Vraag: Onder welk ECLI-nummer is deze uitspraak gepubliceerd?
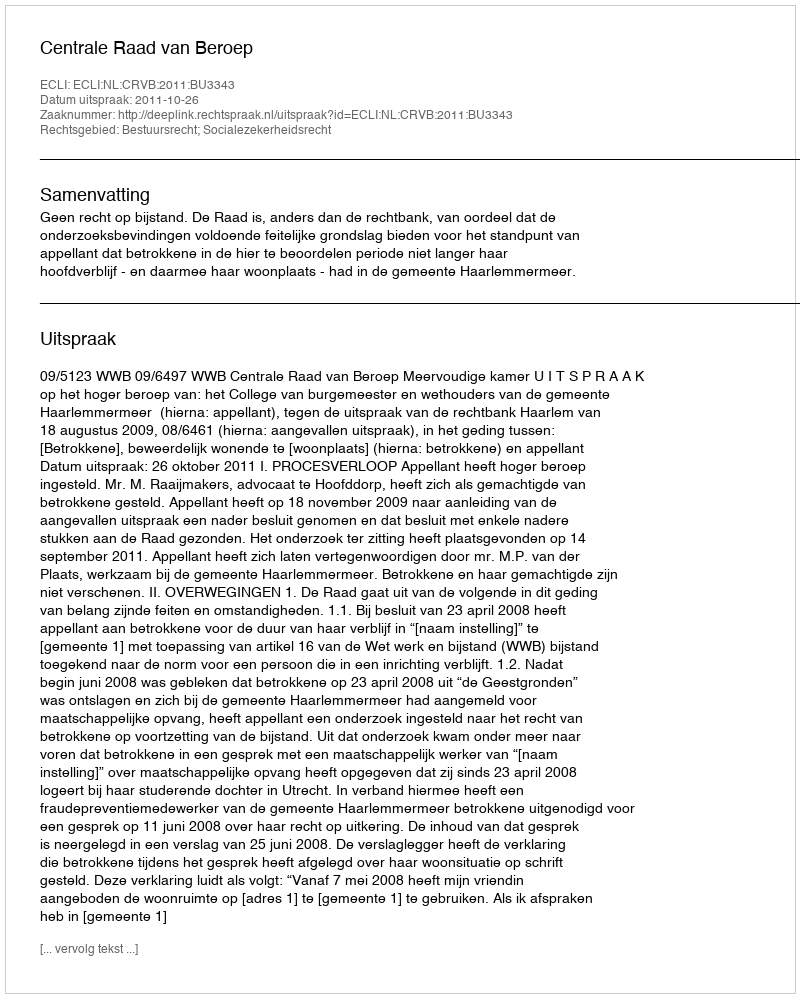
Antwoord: ECLI:NL:CRVB:2011:BU3343